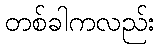
တစ်ခါကလည်း